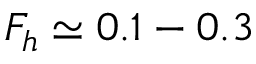
F _ { h } \simeq 0 . 1 - 0 . 3